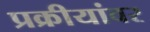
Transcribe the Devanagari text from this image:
प्रक्रीयांवर